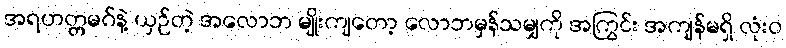
အရဟတ္တမဂ်နဲ့ ယှဉ်တဲ့ အလောဘ မျိုးကျတော့ လောဘမှန်သမျှကို အကြွင်း အကျန်မရှိ လုံးဝ